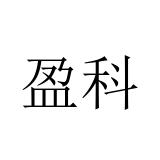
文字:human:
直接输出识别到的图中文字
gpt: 盈科